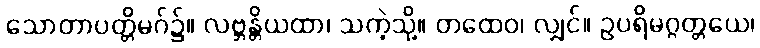
သောတာပတ္တိမဂ်၌။ လဗ္ဘန္တိယထာ၊ သကဲ့သို့။ တထေဝ၊ လျှင်။ ဥပရိမဂ္ဂတ္တယေ၊